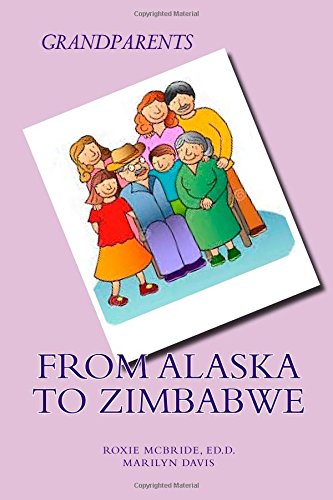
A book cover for Grandparents from Alaska to Zimbabwe; Roxie McBride Ed.D.; Parenting & Relationships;